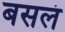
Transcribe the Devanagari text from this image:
बसलं